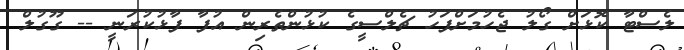
ލެސްޓާ ކޮޅަށް ގޯލު ޖެހުމަށްފަހު ޗެލްސީގެ ކުޅުންތެރިން އުފާ ފާޅުކުރަނީ -- ގޫގުލް